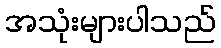
အသုံးများပါသည်